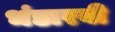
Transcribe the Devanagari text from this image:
भंडारवी